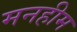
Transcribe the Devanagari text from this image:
मनहीम